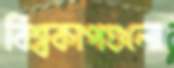
বিশ্বকাপগুলো